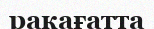
ракағатта